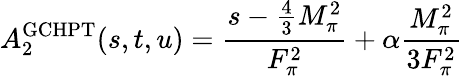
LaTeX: A_{2}^{\mathrm{GCHPT}}(s,t,u)=\frac{s-\frac{4}{3}M_{\pi}^{2}}{F_{\pi}^{2}}+\alpha\frac{M_{\pi}^{2}}{3F_{\pi}^{2}}